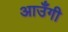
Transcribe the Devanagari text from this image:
आउँगी